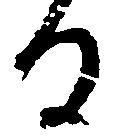
る